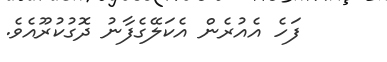
ފަހެ އެއުރެން އެކަލޭގެފާނު ދޮގުކުރޫއެވެ.